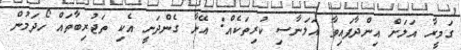
ގަމީރާ އަލަށް އިންދާފައިވާ އަލަނާސި ކުރިތަކެއް: އޭނާ ގެންދަނީ އެކި ތަޖުރިބާތައް ހޯދަމުން